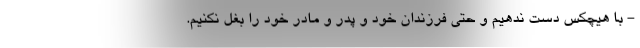
- با هیچکس دست ندهیم و حتی فرزندان خود و پدر و مادر خود را بغل نکنیم.